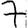
Digit: 7